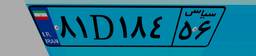
۸۱D۱۸۴۵۶